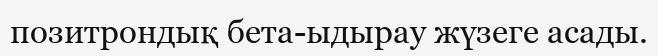
позитрондық бета-ыдырау жүзеге асады.